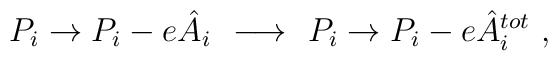
P_i \to P_i - e\hat{A}_i\ \  {\bf{\longrightarrow}}\ \  P_i \to  P_i - e\hat{A}^{tot}_i\ ,